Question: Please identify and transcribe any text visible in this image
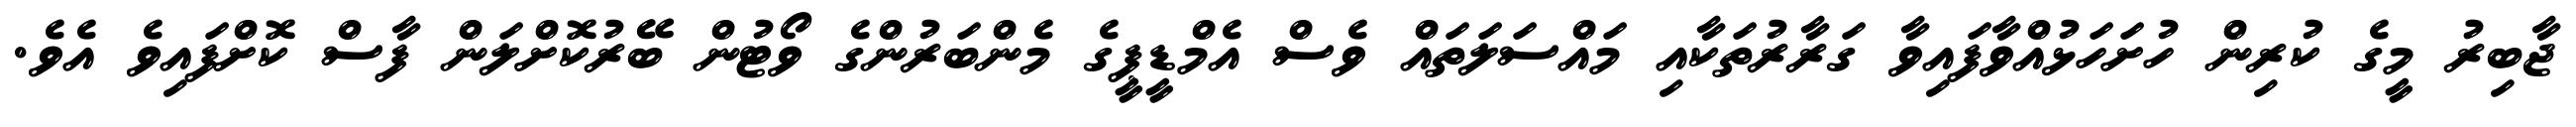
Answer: ޖާބިރު މީގެ ކުރިން ހުށަހަޅުއްވާފައިވާ ގަރާރުތަކާއި މައްސަލަތައް ވެސް އެމްޑީޕީގެ މެންބަރުންގެ ވޯޓުން ބޭރުކޮށްލަން ފާސް ކޮށްފައިވެ އެވެ.